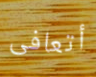
أتعافى